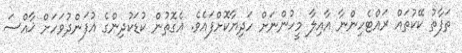
ތަފާތު ކޭކުތައް ރައްޓެހިންނާ އާއިލާ މީހުންނަށް ހަދިޔާކޮށްފައެވެ. އެގޮތުން ކުޑަކުދިންގެ އުފަންދުވަހަށް ޚާއްސަ